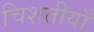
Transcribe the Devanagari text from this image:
चिशतीयाँ